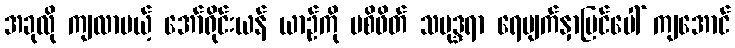
အခုလို ကျလာမယ့် အော်ရိုင်းယန် ယာဉ်ကို ပစိဖိတ် သမုဒ္ဒရာ ရေမျက်နှာပြင်ပေါ် ကျအောင်